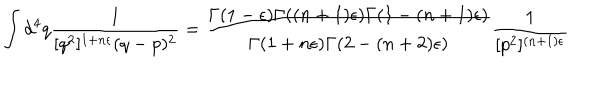
\int d ^ { 4 } q { \frac { 1 } { [ q ^ { 2 } ] ^ { 1 + n \epsilon } ( q - p ) ^ { 2 } } } = { \frac { \Gamma ( 1 - \epsilon ) \Gamma ( ( n + 1 ) \epsilon ) \Gamma ( 1 - ( n + 1 ) \epsilon ) } { \Gamma ( 1 + n \epsilon ) \Gamma ( 2 - ( n + 2 ) \epsilon ) } } { \frac { 1 } { [ p ^ { 2 } ] ^ { ( n + 1 ) \epsilon } } }